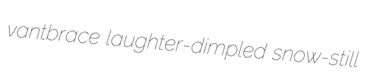
vantbrace laughter-dimpled snow-still